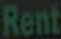
Rent